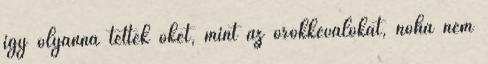
így olyanná tették őket, mint az örökkévalókat, noha nem